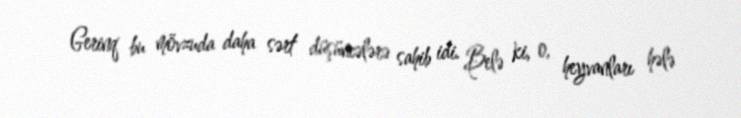
Gerinq bu mövzuda daha sərt düşüncələrə sahib idi. Belə ki, o, heyvanları hələ